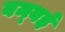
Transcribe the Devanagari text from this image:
बम्‍बई